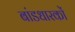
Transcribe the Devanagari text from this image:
बांडधारकों